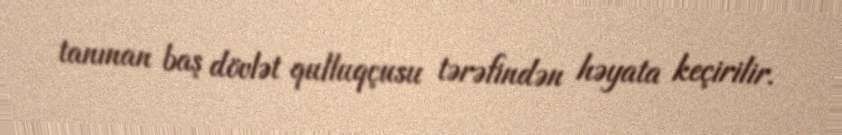
tanınan baş dövlət qulluqçusu tərəfindən həyata keçirilir.